Indian journal of veterinary science and animal husbandry - Volume 3,
Year: 1933
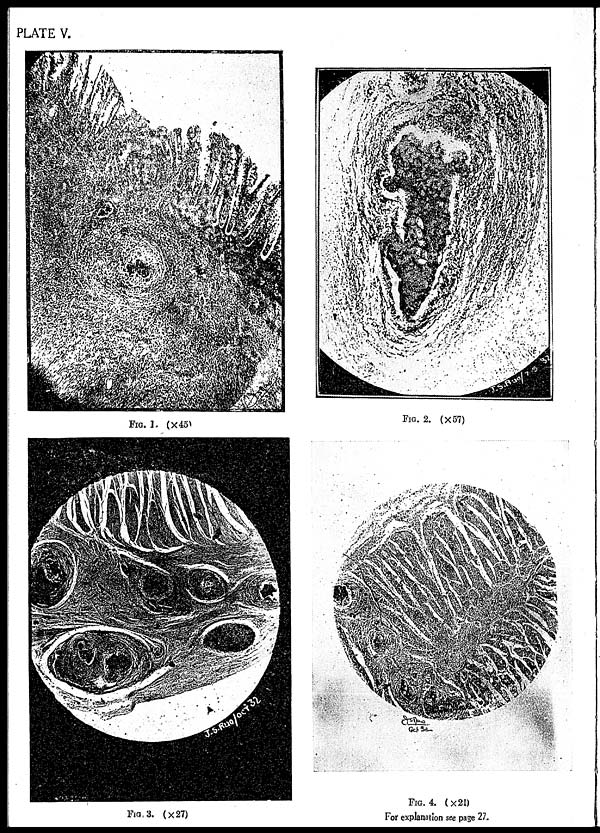
PLATE V.
FIG. 1. (× 45)
FIG. 2. (× 57)
FIG.3. (× 27)
FIG. 4. (× 21)
For explanation see page 27.